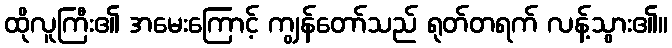
ထိုလူကြီး၏ အမေးကြောင့် ကျွန်တော်သည် ရုတ်တရက် လန့်သွား၏။